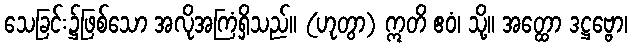
သေခြင်း၌ဖြစ်သော အလိုအကြံရှိသည်။ (ဟုတွာ) ဣတိ ဧဝံ၊ သို့။ အတ္ထော ဒဋ္ဌဗ္ဗော၊